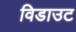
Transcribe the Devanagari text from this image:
विडाउट